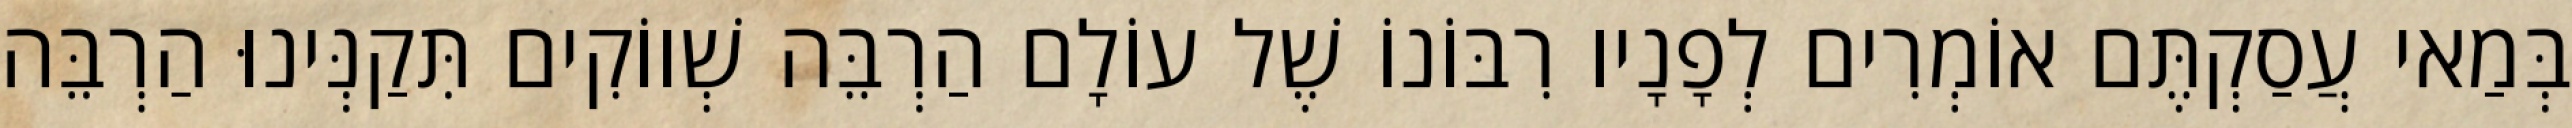
בְּמַאי עֲסַקְתֶּם אוֹמְרִים לְפָנָיו רִבּוֹנוֹ שֶׁל עוֹלָם הַרְבֵּה שְׁווֹקִים תִּקַנְּינוּ הַרְבֵּה